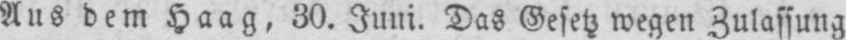
Aus dem Haag, 30. Juni. Das Gesetz wegen Zulassung